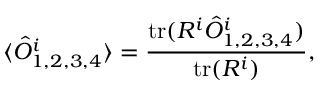
\langle \hat { \cal { O } } _ { 1 , 2 , 3 , 4 } ^ { i } \rangle = \frac { { \mathrm { t r } } ( R ^ { i } \hat { \cal { O } } _ { 1 , 2 , 3 , 4 } ^ { i } ) } { { \mathrm { t r } } ( R ^ { i } ) } ,